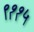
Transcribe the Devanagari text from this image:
९११५